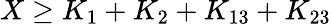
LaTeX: X\ge K_{1}+K_{2}+K_{13}+K_{23}